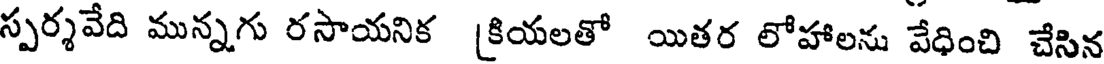
స్పర్శవేది మున్నగు రసాయనిక [కియలతో యితర లోహాలను వేధించి చేసిన